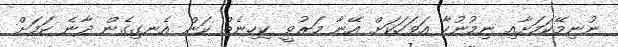
ނުނިމޭކަމަށާއި ނިމުނުހާ އަވަހަކަށް އޭނާ މަރުވީ ކިހިނެތް ކަން އެނގިގެން ދާނެ ކަމަށް